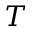
T